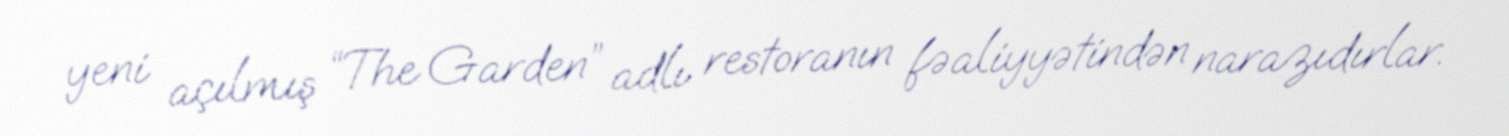
yeni açılmış “The Garden” adlı restoranın fəaliyyətindən narazıdırlar.